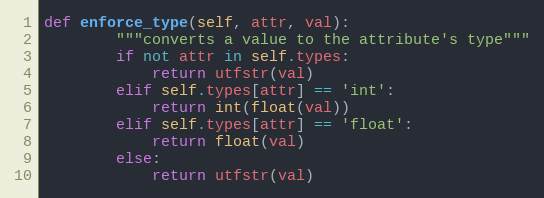
Language: Python
def enforce_type(self, attr, val):
        """converts a value to the attribute's type"""
        if not attr in self.types:
            return utfstr(val)
        elif self.types[attr] == 'int':
            return int(float(val))
        elif self.types[attr] == 'float':
            return float(val)
        else:
            return utfstr(val)